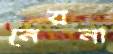
নেয়না